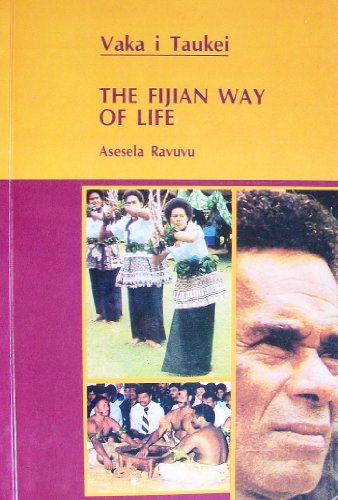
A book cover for Vaka i Taukei: The Fijian Way of Life; Asesela Ravuvu; Travel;